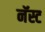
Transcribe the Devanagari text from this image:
नॅस्ट